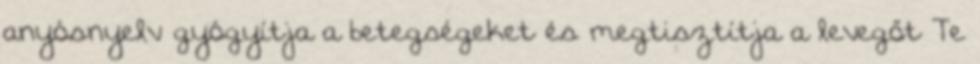
anyósnyelv gyógyítja a betegségeket és megtisztítja a levegőt Te